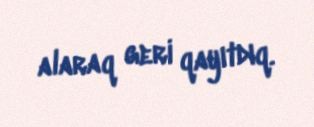
alaraq geri qayıtdıq.